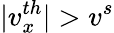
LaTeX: |v_{x}^{th}|>v^{s}